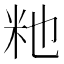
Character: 𫂴